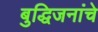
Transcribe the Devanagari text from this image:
बुद्धिजनांचे